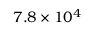
7 . 8 \times 1 0 ^ { 4 }